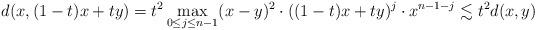
LaTeX: \begin{align*} d(x,(1-t)x+ty) =t^2\max_{0\le j\le n-1}(x-y)^2\cdot((1-t)x+ty)^j\cdot x^{n-1-j}\lesssim t^2d(x,y)\end{align*}